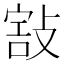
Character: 𢾒